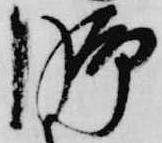
脚